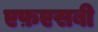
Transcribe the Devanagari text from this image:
एफ़एसबी